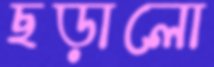
ছড়ালো